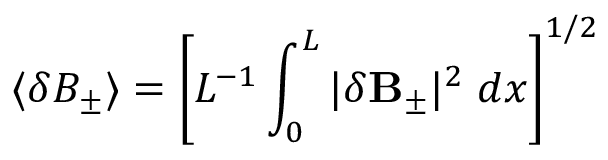
\langle \delta B _ { \pm } \rangle = \left[ L ^ { - 1 } \int _ { 0 } ^ { L } | \delta { \bf B } _ { \pm } | ^ { 2 } \; d x \right] ^ { 1 / 2 }